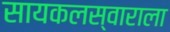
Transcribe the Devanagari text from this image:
सायकलस्वाराला